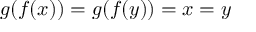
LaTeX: g ( f ( x ) ) = g ( f ( y ) ) = x = y